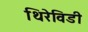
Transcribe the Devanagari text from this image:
थिरेविडी